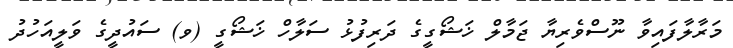
މަރާލާފައިވާ ނޫސްވެރިޔާ ޖަމާލް ޚަޝޯގީގެ ދަރިފުޅު ސަލާހް ޚަޝޯގީ (ވ) ސައުދީގެ ވަލީއަހުދު